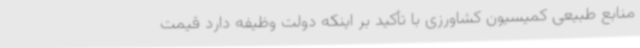
منابع طبیعی کمیسیون کشاورزی با تأکید بر اینکه دولت وظیفه دارد قیمت